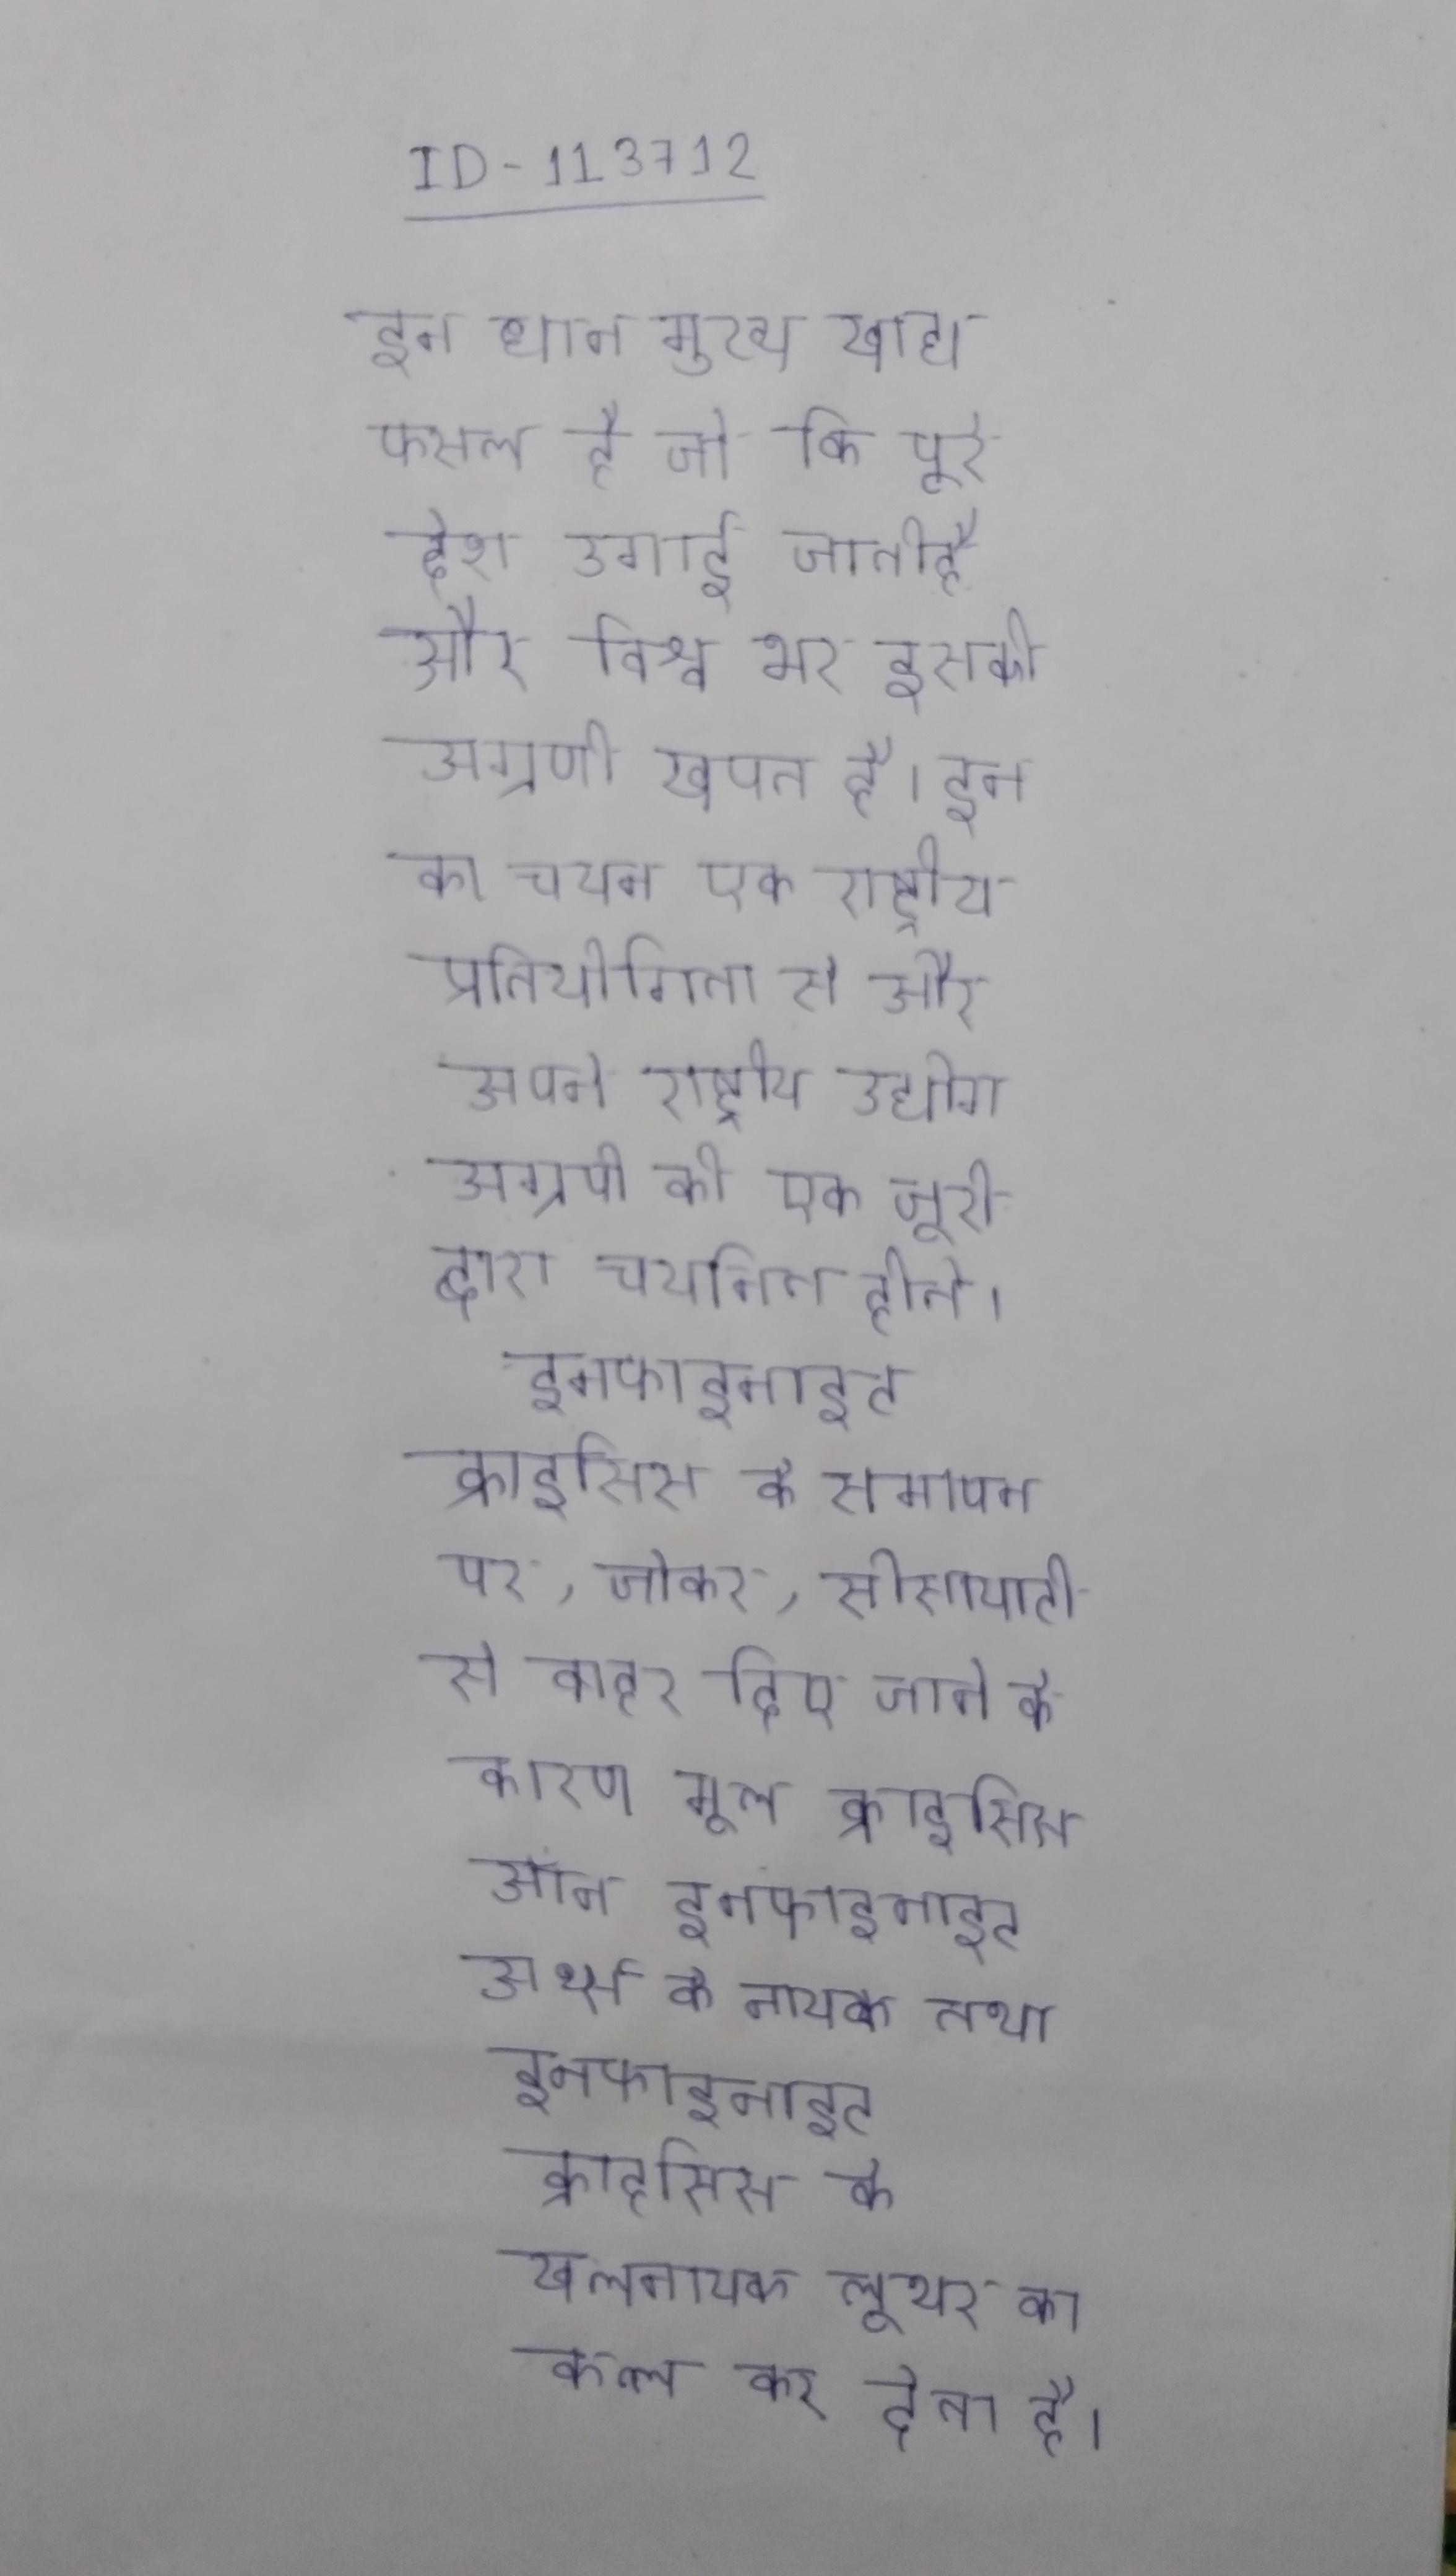
इन धान मुख्य खाद्य फसल है जो कि पूरे देश उगाई जातीहै और विश्व भर इसकी अग्रणी खपत है । इन का चयन एक राष्ट्रीय प्रतियोगिता से और अपने राष्ट्रीय उद्योग अग्रणी की एक जूरी द्वारा चयनित होते । इनफाइनाइट क्राइसिस के समापन पर, जोकर, सोसायटी से बाहर दिए जाने के कारण मूल क्राइसिस ऑन इनफाइनाइट अर्थ्स के नायक तथा इनफाइनाइट क्राइसिस के खलनायक लूथर का कत्ल कर देता है ।